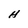
Character: H